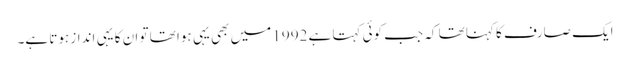
ایک صارف کا کہنا تھا کہ جب کوئی کہتا ہے 1992 میں بھی یہی ہوا تھا تو ان کا یہی انداز ہوتا ہے۔